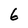
Character: 6